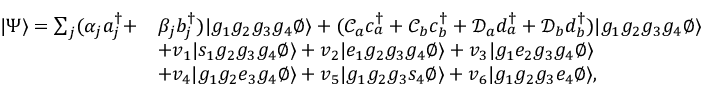
\begin{array} { r l } { | \Psi \rangle = \sum _ { j } ( \alpha _ { j } a _ { j } ^ { \dag } + } & { \beta _ { j } b _ { j } ^ { \dag } ) | g _ { 1 } g _ { 2 } g _ { 3 } g _ { 4 } \emptyset \rangle + ( \mathcal { C } _ { a } c _ { a } ^ { \dag } + \mathcal { C } _ { b } c _ { b } ^ { \dag } + \mathcal { D } _ { a } d _ { a } ^ { \dag } + \mathcal { D } _ { b } d _ { b } ^ { \dag } ) | g _ { 1 } g _ { 2 } g _ { 3 } g _ { 4 } \emptyset \rangle } \\ & { + v _ { 1 } | s _ { 1 } g _ { 2 } g _ { 3 } g _ { 4 } \emptyset \rangle + v _ { 2 } | e _ { 1 } g _ { 2 } g _ { 3 } g _ { 4 } \emptyset \rangle + v _ { 3 } | g _ { 1 } e _ { 2 } g _ { 3 } g _ { 4 } \emptyset \rangle } \\ & { + v _ { 4 } | g _ { 1 } g _ { 2 } e _ { 3 } g _ { 4 } \emptyset \rangle + v _ { 5 } | g _ { 1 } g _ { 2 } g _ { 3 } s _ { 4 } \emptyset \rangle + v _ { 6 } | g _ { 1 } g _ { 2 } g _ { 3 } e _ { 4 } \emptyset \rangle , } \end{array}